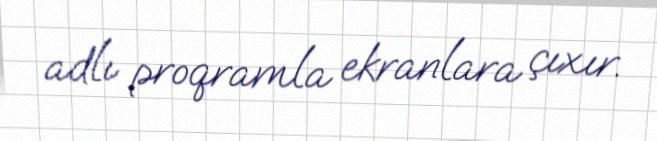
adlı proqramla ekranlara çıxır.